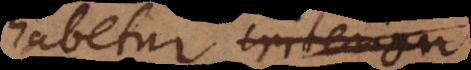
habetur criterion